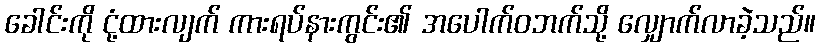
ခေါင်းကို ငုံ့ထားလျက် ကားရပ်နားကွင်း၏ အပေါက်ဝဘက်သို့ လျှောက်လာခဲ့သည်။